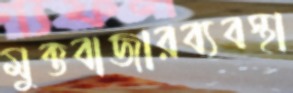
মুক্তবাজারব্যবস্থা